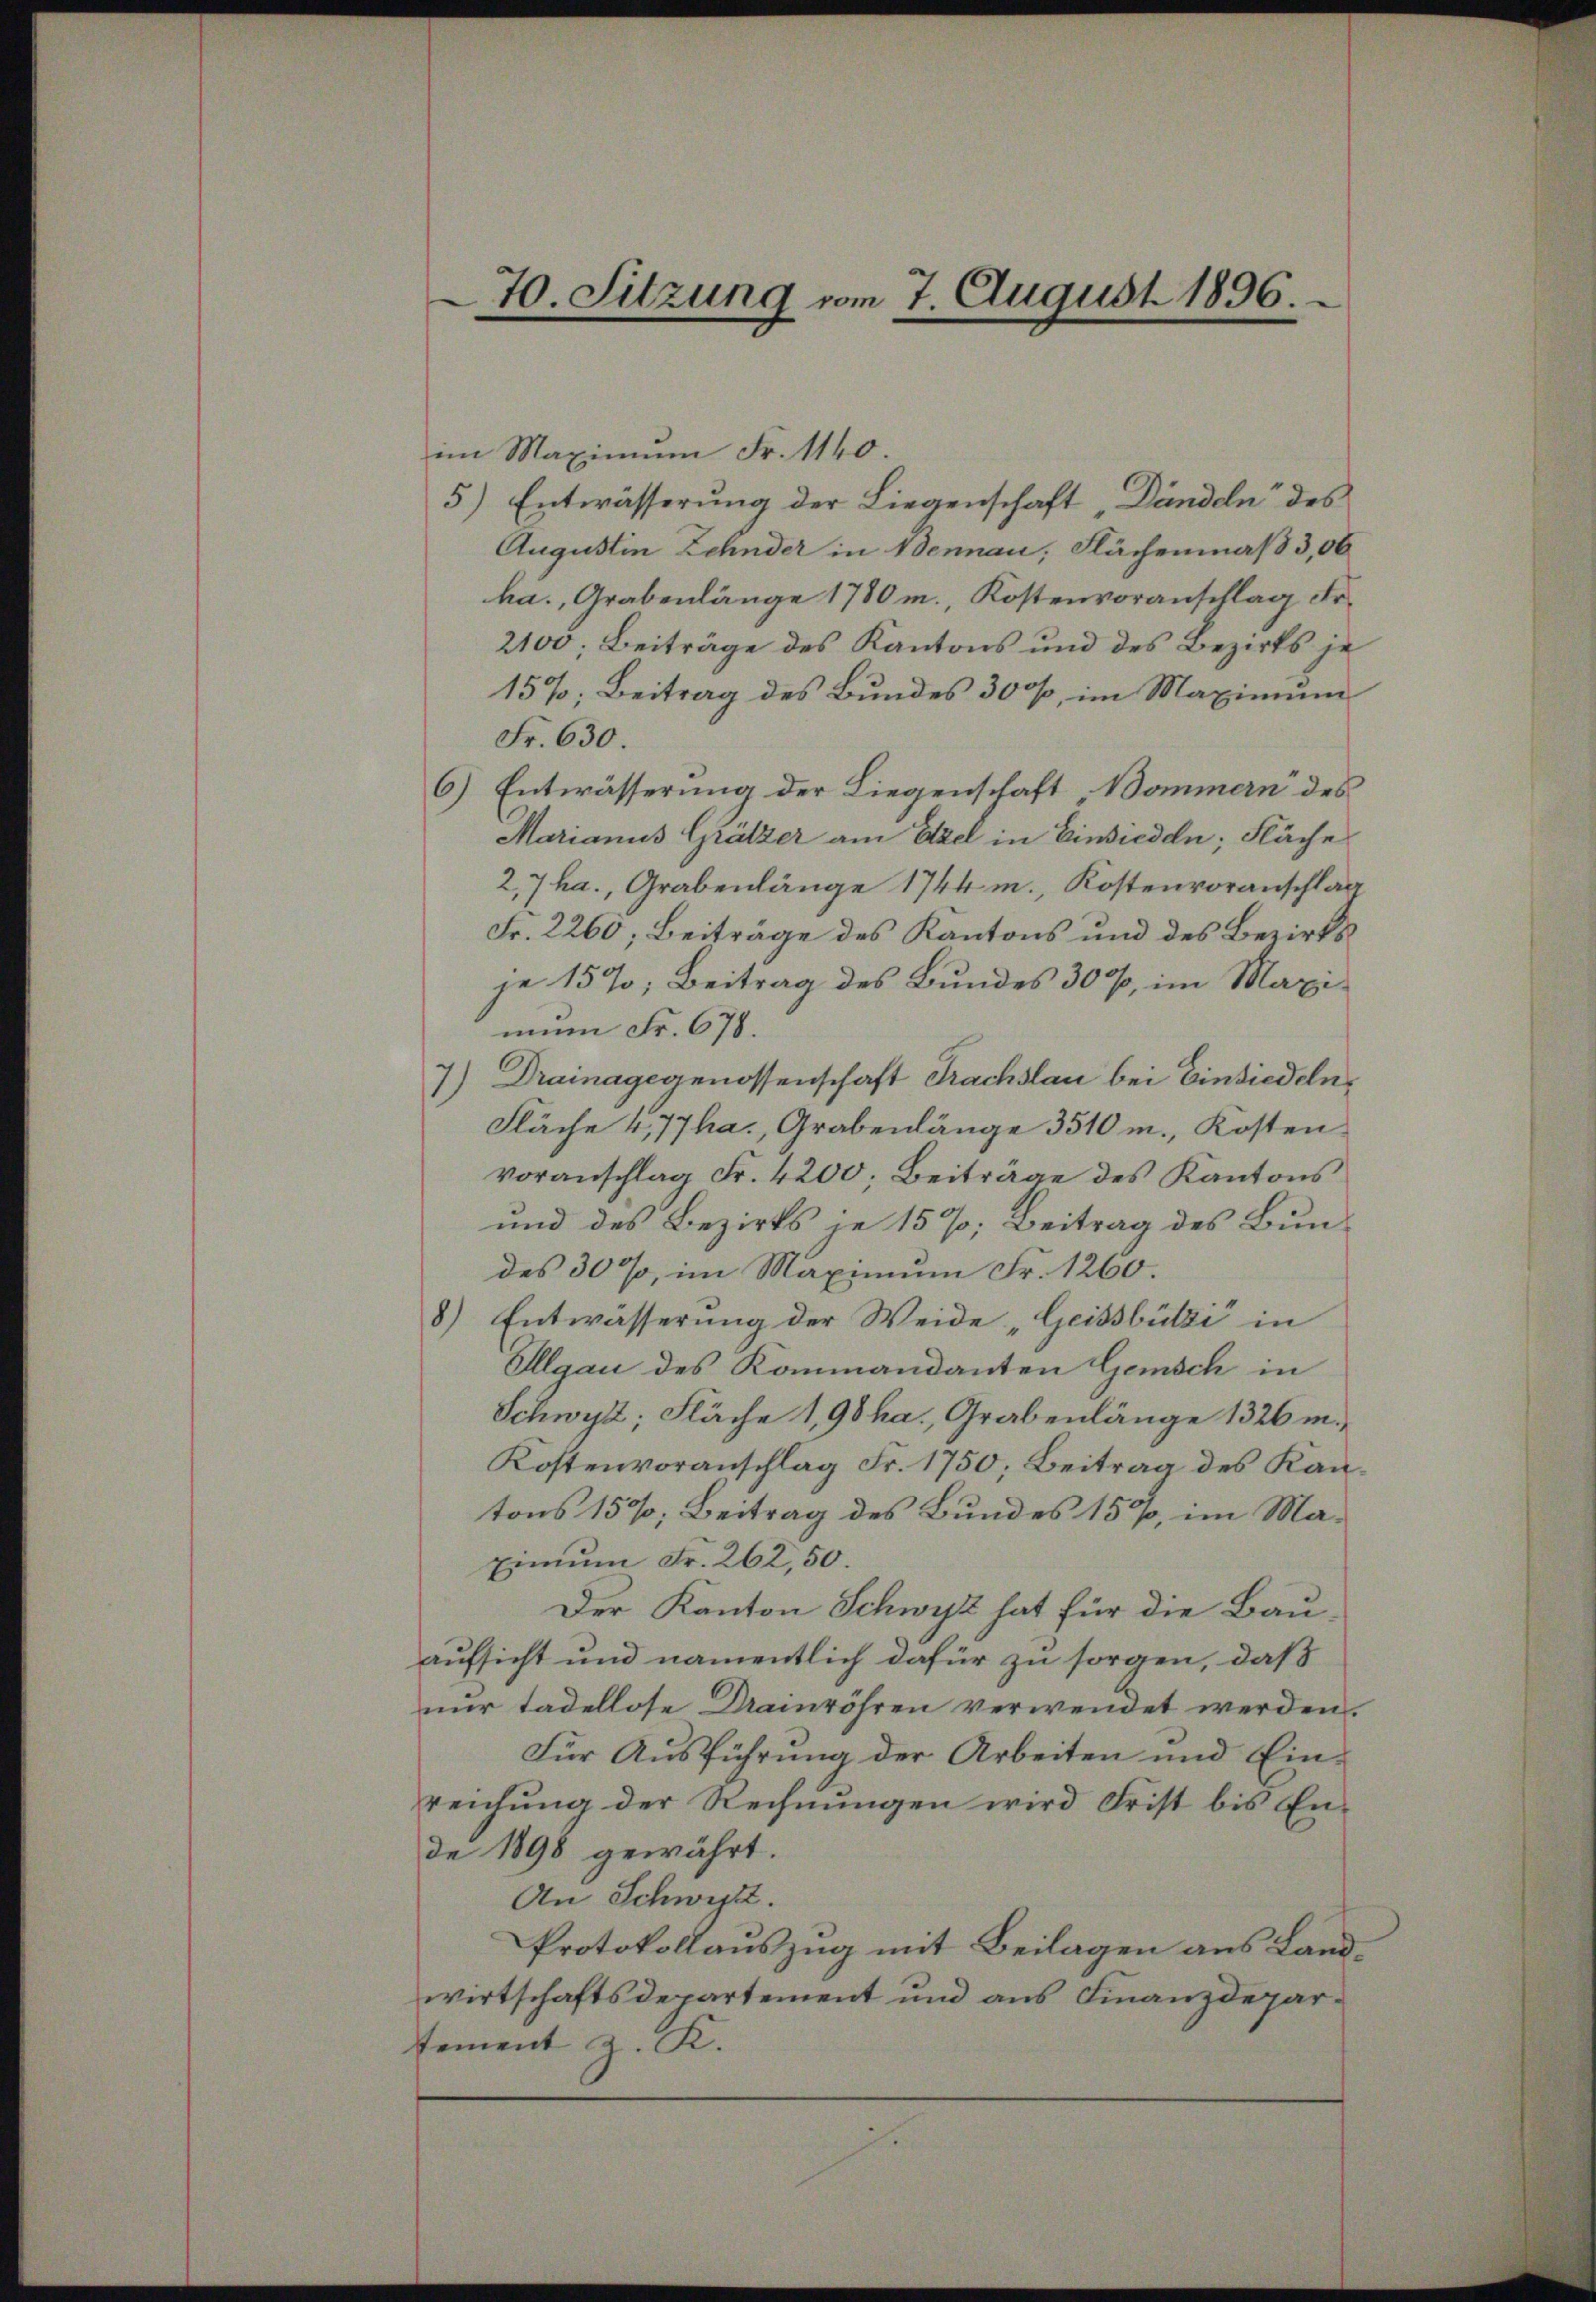
.

70. Sitzung vom 7. August 1896.

im Maximŭm Fr. 1140.
5) Entwässerung der Liegenschaft Dändeln des
Augustin Zehnder in Bennau, Flächenmaß 3,06
ha., Grabenlänge 1780 m. Kostenvoranschlag Fr.
2100; Beiträge des Kantons und des Bezirks je¬
15%; Beitrag des Bundes 300f, im Maximum
Fr. 630.
6) Entwässerung der Liegenschaft Bommern des
Marianus Grätzer am Etzel in Einsieden; Fläche
2,7 ha., Grabenlänge 1744 m., Kostenvoranschlag
Fr. 2260; Beiträge des Kantons und des Bezirksje 15%; Beitrag des Bundes 30%, im Maximum Fr. 678.
7) Drainagegenossenschaft Frachslau bei Einsiedeln,
Fläche 4,77ha., Grabenlänge 3510 m., Kosten.
voranschlag Fr. 4200; Beiträge des Kantons
und des Bezirks je 15%; Beitrag des Bundes 30%, im Maximum Fr. 1260.
8) Entwässerung der Weide "Geissbützi in
Olgau des Kommandanten Gemisch in
Schwyz; Fläche 1,98 ha. Grabenlänge 1326 in¬
Kostenvoranschlag Fr. 1750; Beitrag des Kantons 150%; Beitrag des Bundes 15%, im Ma¬
Einum Fr. 262, 50.
Der Kanton Schwyz hat für die Bauaufsicht und namentlich dafür zu sorgen, daß
nur tadellose Drainröhren verwendet werden.
Für Ausführung der Arbeiten und Einreichung der Rechnungen wird Frist bis Ende 1898 gewährt.
An Schwyz.
Protokollauszug mit Beilagen aus Landwirtschaftsdepartement und aus Finanzdeparsement z. K.